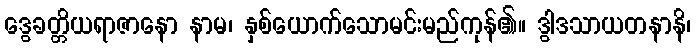
ဒွေခတ္တိယရာဇာနော နာမ၊ နှစ်ယောက်သောမင်းမည်ကုန်၏။ ဒွါဒသာယတနာနိ၊